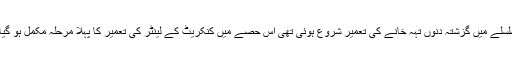
اس سلسلے میں گزشتہ دنوں تہہ خانے کی تعمیر شروع ہوئی تھی اس حصے میں کنکریٹ کے لینٹر کی تعمیر کا پہلا مرحلہ مکمل ہو گیا ہے۔